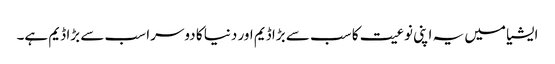
ایشیا میں یہ اپنی نوعیت کا سب سے بڑا ڈیم اور دنیا کا دوسرا سب سے بڑا ڈیم ہے۔